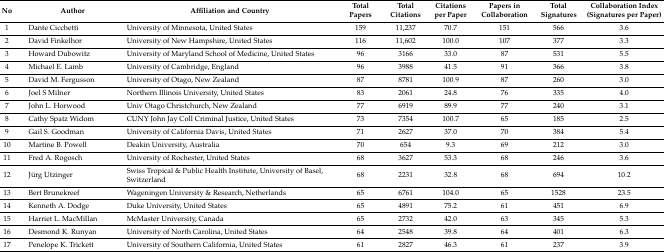
<table><thead><tr><td><b>No</b></td><td><b>Author</b></td><td><b>Affiliation and Country</b></td><td><b>Total Papers</b></td><td><b>Total Citations</b></td><td><b>Citations per Paper</b></td><td><b>Papers in Collaboration</b></td><td><b>Total Signatures</b></td><td><b>Collaboration Index (Signatures per Paper)</b></td></tr></thead><tbody><tr><td>1</td><td>Dante Cicchetti</td><td>University of Minnesota, United States</td><td>159</td><td>11,237</td><td>70.7</td><td>151</td><td>566</td><td>3.6</td></tr><tr><td>2</td><td>David Finkelhor</td><td>University of New Hampshire, United States</td><td>116</td><td>11,602</td><td>100.0</td><td>107</td><td>377</td><td>3.3</td></tr><tr><td>3</td><td>Howard Dubowitz</td><td>University of Maryland School of Medicine, United States</td><td>96</td><td>3166</td><td>33.0</td><td>87</td><td>531</td><td>5.5</td></tr><tr><td>4</td><td>Michael E. Lamb</td><td>University of Cambridge, England</td><td>96</td><td>3988</td><td>41.5</td><td>91</td><td>366</td><td>3.8</td></tr><tr><td>5</td><td>David M. Fergusson</td><td>University of Otago, New Zealand</td><td>87</td><td>8781</td><td>100.9</td><td>87</td><td>260</td><td>3.0</td></tr><tr><td>6</td><td>Joel S Milner</td><td>Northern Illinois University, United States</td><td>83</td><td>2061</td><td>24.8</td><td>76</td><td>335</td><td>4.0</td></tr><tr><td>7</td><td>John L. Horwood</td><td>Univ Otago Christchurch, New Zealand</td><td>77</td><td>6919</td><td>89.9</td><td>77</td><td>240</td><td>3.1</td></tr><tr><td>8</td><td>Cathy Spatz Widom</td><td>CUNY John Jay Coll Criminal Justice, United States</td><td>73</td><td>7354</td><td>100.7</td><td>65</td><td>185</td><td>2.5</td></tr><tr><td>9</td><td>Gail S. Goodman</td><td>University of California Davis, United States</td><td>71</td><td>2627</td><td>37.0</td><td>70</td><td>384</td><td>5.4</td></tr><tr><td>10</td><td>Martine B. Powell</td><td>Deakin University, Australia</td><td>70</td><td>654</td><td>9.3</td><td>69</td><td>212</td><td>3.0</td></tr><tr><td>11</td><td>Fred A. Rogosch</td><td>University of Rochester, United States</td><td>68</td><td>3627</td><td>53.3</td><td>68</td><td>246</td><td>3.6</td></tr><tr><td>12</td><td>Jürg Utzinger</td><td>Swiss Tropical &amp; Public Health Institute, University of Basel, Switzerland</td><td>68</td><td>2231</td><td>32.8</td><td>68</td><td>694</td><td>10.2</td></tr><tr><td>13</td><td>Bert Brunekreef</td><td>Wageningen University &amp; Research, Netherlands</td><td>65</td><td>6761</td><td>104.0</td><td>65</td><td>1528</td><td>23.5</td></tr><tr><td>14</td><td>Kenneth A. Dodge</td><td>Duke University, United States</td><td>65</td><td>4891</td><td>75.2</td><td>61</td><td>451</td><td>6.9</td></tr><tr><td>15</td><td>Harriet L. MacMillan</td><td>McMaster University, Canada</td><td>65</td><td>2732</td><td>42.0</td><td>63</td><td>345</td><td>5.3</td></tr><tr><td>16</td><td>Desmond K. Runyan</td><td>University of North Carolina, United States</td><td>64</td><td>2548</td><td>39.8</td><td>64</td><td>401</td><td>6.3</td></tr><tr><td>17</td><td>Penelope K. Trickett</td><td>University of Southern California, United States</td><td>61</td><td>2827</td><td>46.3</td><td>61</td><td>237</td><td>3.9</td></tr></tbody></table>